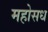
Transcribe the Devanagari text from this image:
महोसध